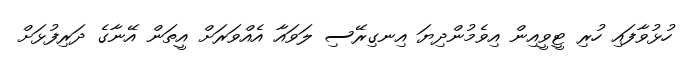
ހުޅުވާފައި ހުރި ޓީވީއިން އިވެމުންދިޔަ އިނގިރޭސި ލަވައާ އެއްވަރަށް އީތަން އޭނާގެ ދަރިފުޅަށް